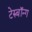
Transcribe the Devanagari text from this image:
टेरुबॉन्ग